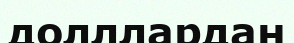
долллардан